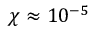
\chi \approx 1 0 ^ { - 5 }